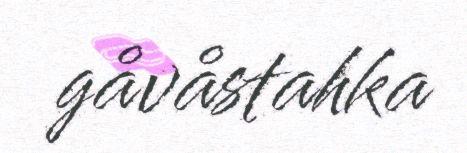
gåvåstahka